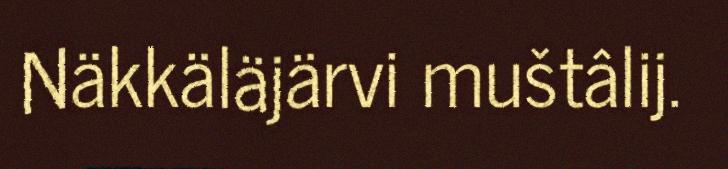
Näkkäläjärvi muštâlij.